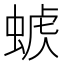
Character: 𧌭